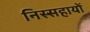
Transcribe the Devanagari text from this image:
निस्सहायों